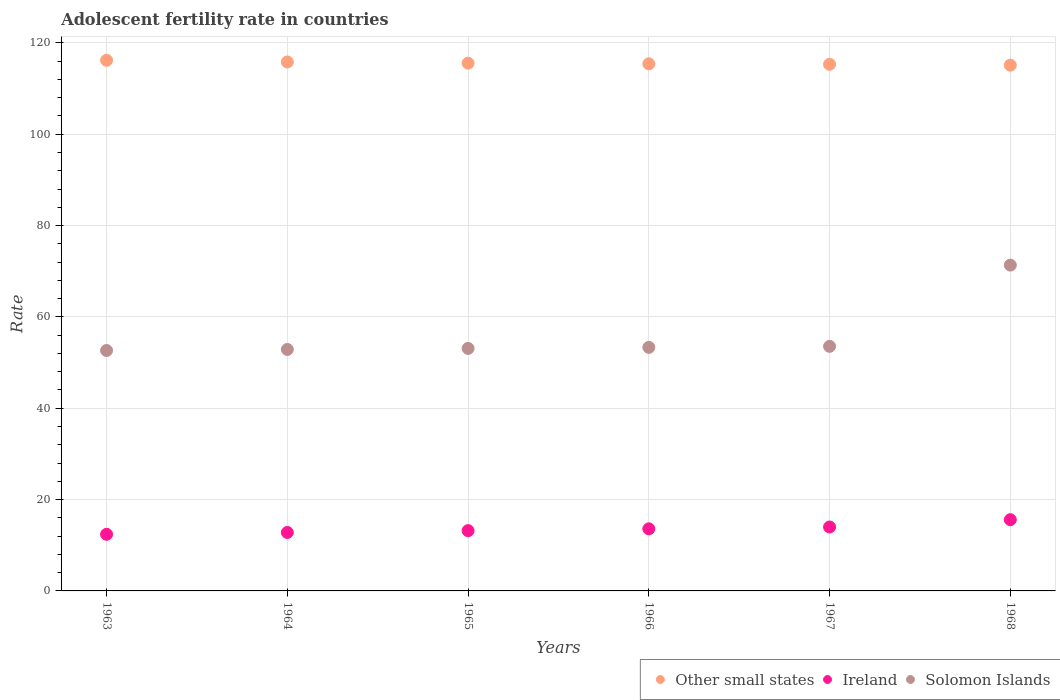
| Years | Other small states | Ireland | Solomon Islands |
 | --- | --- | --- | --- |
 | 1963 | 116 | 12.4 | 52.6 |
 | 1964 | 116 | 12.8 | 52.9 |
 | 1965 | 116 | 13.2 | 53.1 |
 | 1966 | 115 | 13.6 | 53.3 |
 | 1967 | 115 | 14 | 53.6 |
 | 1968 | 115 | 15.6 | 71.3 |